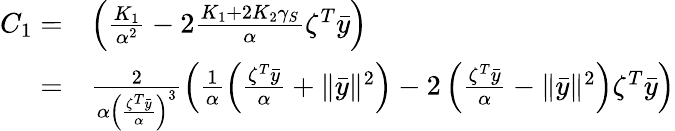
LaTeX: \begin{array}{rl}{C_{1}=}&{\left(\frac{K_{1}}{\alpha^{2}}-2\frac{K_{1}+2K_{2}\gamma_{S}}{\alpha}\zeta^{T}\bar{y}\right)}\\ {=}&{\frac{2}{\alpha\left(\frac{\zeta^{T}\bar{y}}{\alpha}\right)^{3}}\left(\frac{1}{\alpha}\left(\frac{\zeta^{T}\bar{y}}{\alpha}+\| \bar{y}\| ^{2}\right)-2\left(\frac{\zeta^{T}\bar{y}}{\alpha}-\| \bar{y}\| ^{2}\right)\zeta^{T}\bar{y}\right)}\end{array}